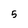
Character: 5